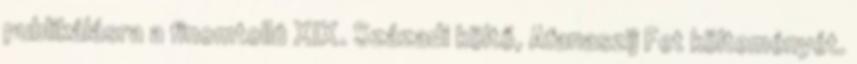
publikálásra a finomtollú XIX. Századi költő, Afanaszij Fet költeményét.